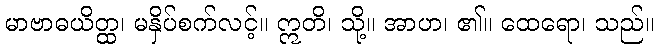
မာဗာဓယိတ္ထ၊ မနှိပ်စက်လင့်။ ဣတိ၊ သို့။ အာဟ၊ ၏။ ထေရော၊ သည်။